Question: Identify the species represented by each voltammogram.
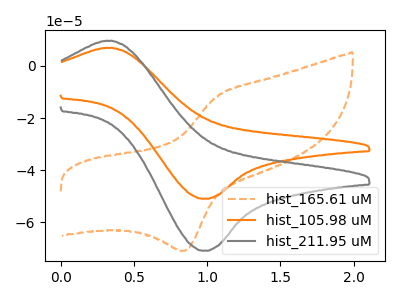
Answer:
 <answer>The orange dashed curve is labeled "hist_165.61 uM". The orange curve is labeled "hist_105.98 uM". The gray curve is labeled "hist_211.95 uM".</answer>
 <eval></eval>